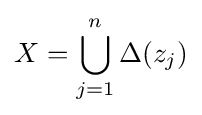
X=\bigcup _{j=1}^{n}\Delta (z_{j})